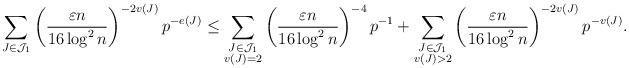
LaTeX: \begin{align*}\sum_{J \in \mathcal{J}_1} \left( \frac{\varepsilon n}{16 \log^2 n} \right)^{-2 v(J)} p^{-e(J)} \le \sum_{\substack{J \in \mathcal{J}_1\\v(J) = 2}} \left( \frac{\varepsilon n}{16 \log^2 n} \right)^{-4} p^{-1} + \sum_{\substack{J \in \mathcal{J}_1\\v(J) > 2}} \left( \frac{\varepsilon n}{16 \log^2 n} \right)^{-2 v(J)} p^{-v(J)}.\end{align*}